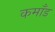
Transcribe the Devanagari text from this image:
कमाँड